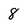
Character: 8